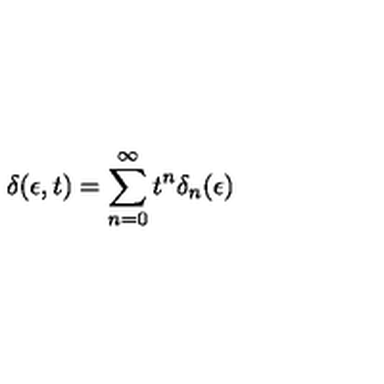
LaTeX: \delta ( \epsilon , t ) = \sum _ { n = 0 } ^ { \infty } t ^ { n } \delta _ { n } ( \epsilon )